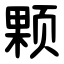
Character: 颗